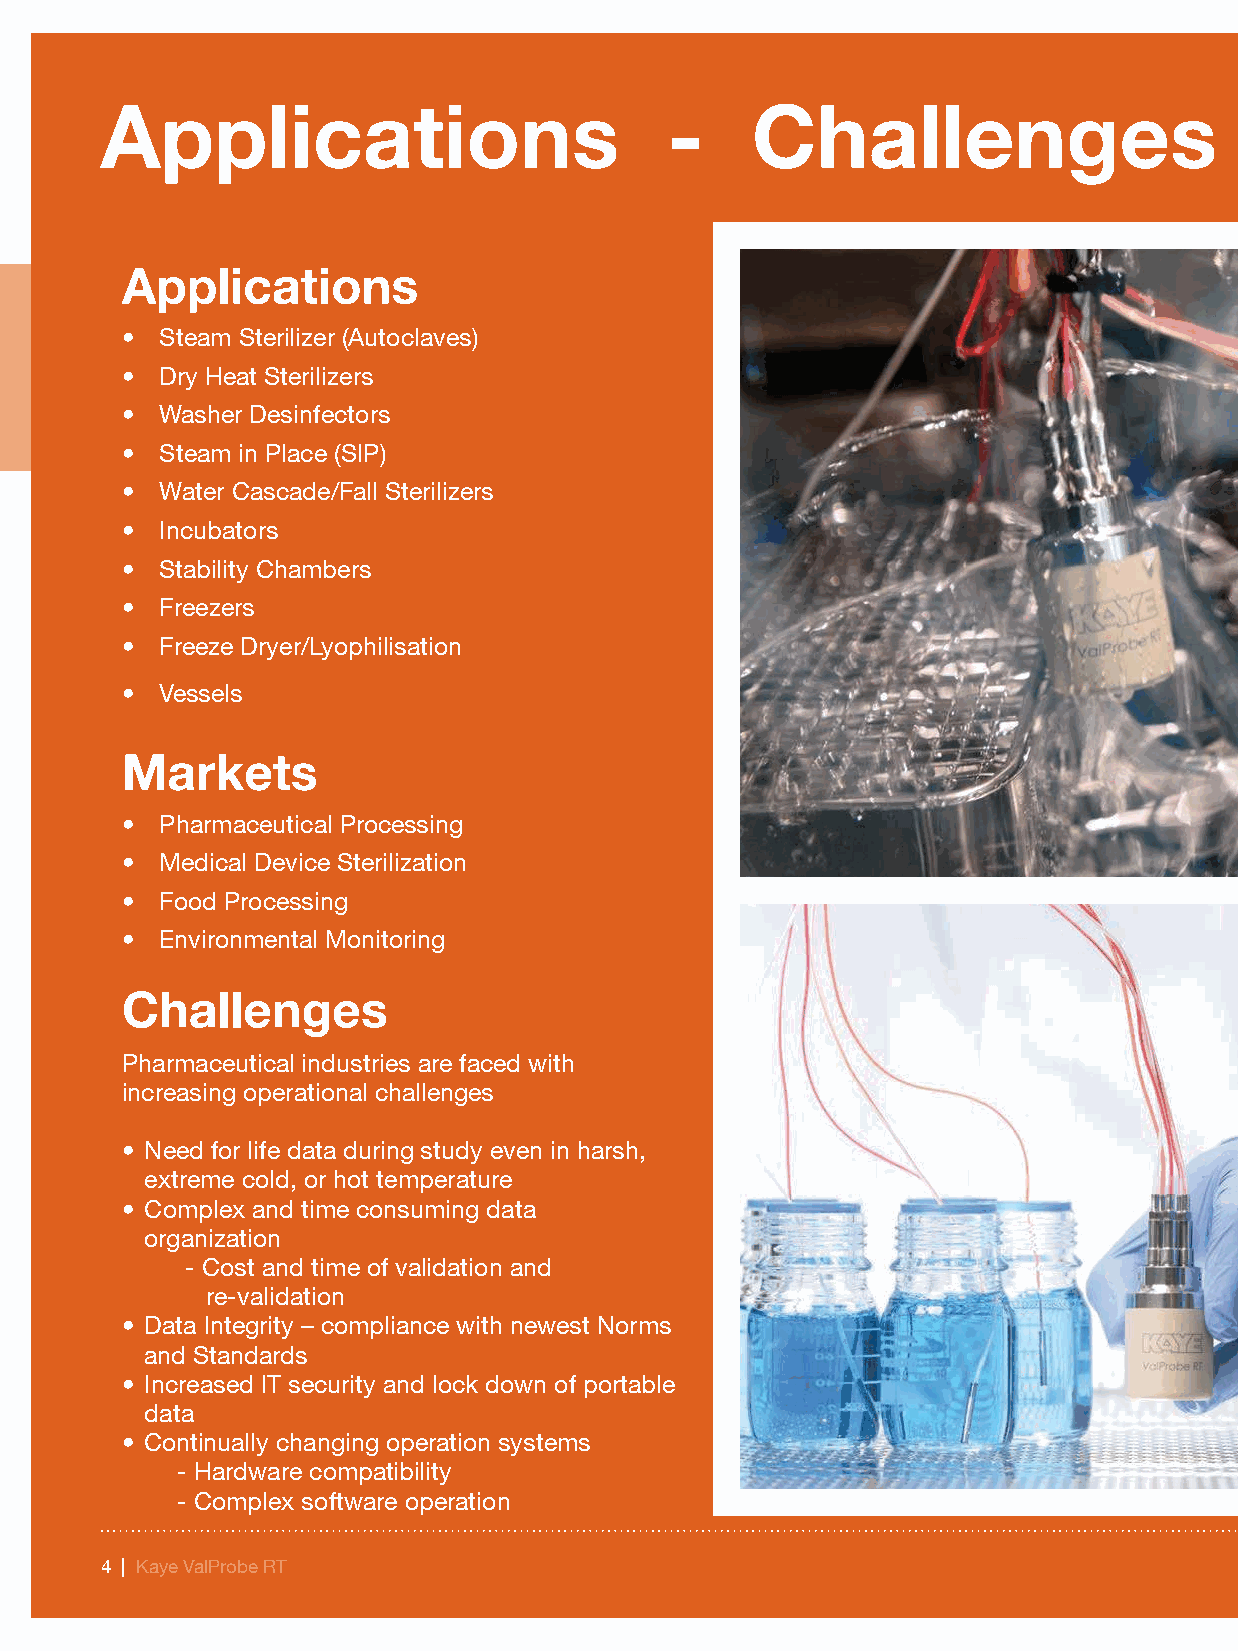
Applications                         -     Challenges                        -    Solutions
 Applications
 •  Steam Sterilizer (Autoclaves)
 •  Dry Heat Sterilizers
 •  Washer Desinfectors
 •  Steam in Place (SIP)
 •  Water Cascade/Fall Sterilizers
 •  Incubators
 •  Stability Chambers
 •  Freezers
 •  Freeze Dryer/Lyophilisation
 •  Vessels
 Markets
 •  Pharmaceutical Processing
 •  Medical Device Sterilization
 •  Food Processing
 •  Environmental Monitoring
 Challenges
 Pharmaceutical industries are faced with
 increasing operational challenges
 • Need for life data during study even in harsh,
 extreme cold, or hot temperature
 • Complex and time consuming data
 organization
 - Cost and time of validation and
 re-validation
 • Data Integrity – compliance with newest Norms
 and Standards
 • Increased IT security and lock down of portable
 data
 • Continually changing operation systems
 - Hardware compatibility
 - Complex software operation
 44 || KKaayyee VVaallPPrroobbee RRTT